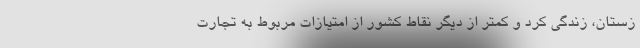
زستان، زندگی کرد و کمتر از دیگر نقاط کشور از امتیازات مربوط به تجارت